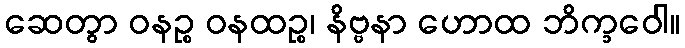
ဆေတွာ ဝနဉ္စ ဝနထဉ္စ၊ နိဗ္ဗနာ ဟောထ ဘိက္ခဝေါ။